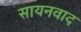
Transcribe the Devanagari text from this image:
सायनवाद